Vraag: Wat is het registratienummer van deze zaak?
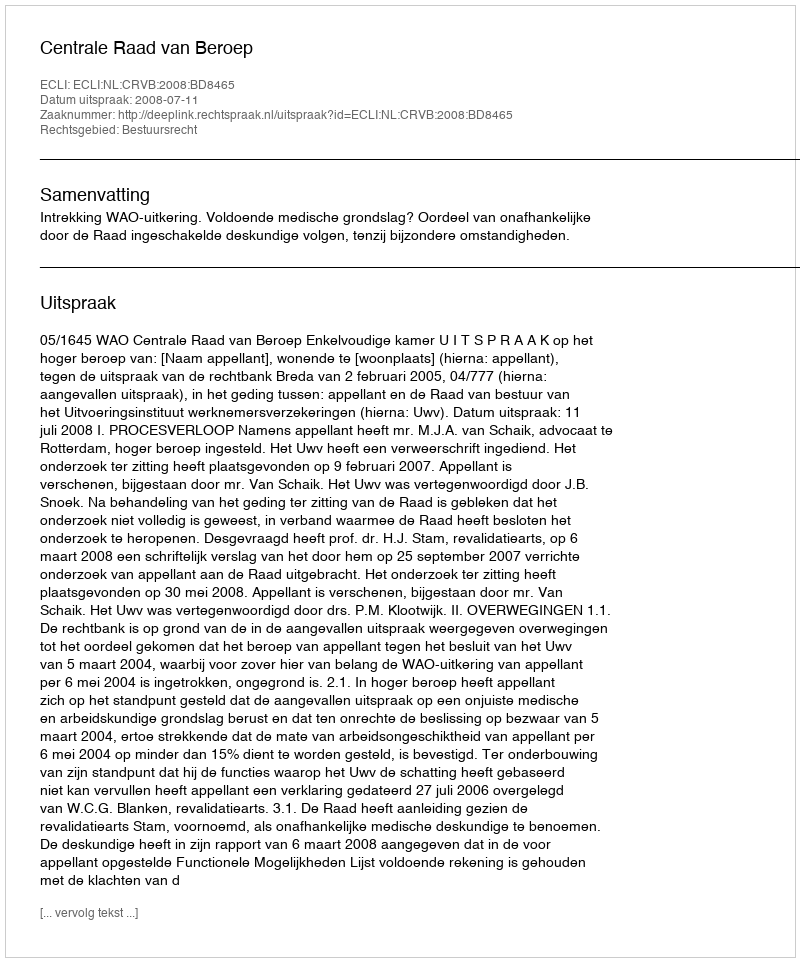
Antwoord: http://deeplink.rechtspraak.nl/uitspraak?id=ECLI:NL:CRVB:2008:BD8465